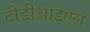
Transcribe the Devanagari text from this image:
टीडीआईएल